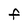
Character: F